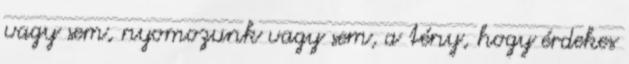
vagy sem, nyomozunk vagy sem, a tény, hogy érdekes